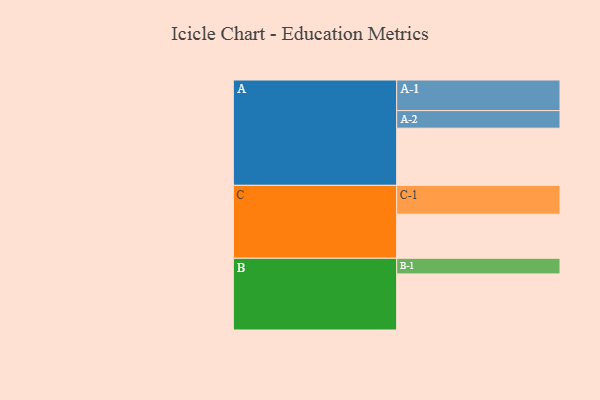
{"axis": {"x": "Segment", "y": "Value"}, "legend": ["", "A", "B", "C"], "data": [{"x": "A", "y": 478, "type": ""}, {"x": "B", "y": 469, "type": ""}, {"x": "C", "y": 369, "type": ""}, {"x": "A-1", "y": 256, "type": "A"}, {"x": "A-2", "y": 147, "type": "A"}, {"x": "B-1", "y": 131, "type": "B"}, {"x": "C-1", "y": 241, "type": "C"}]}